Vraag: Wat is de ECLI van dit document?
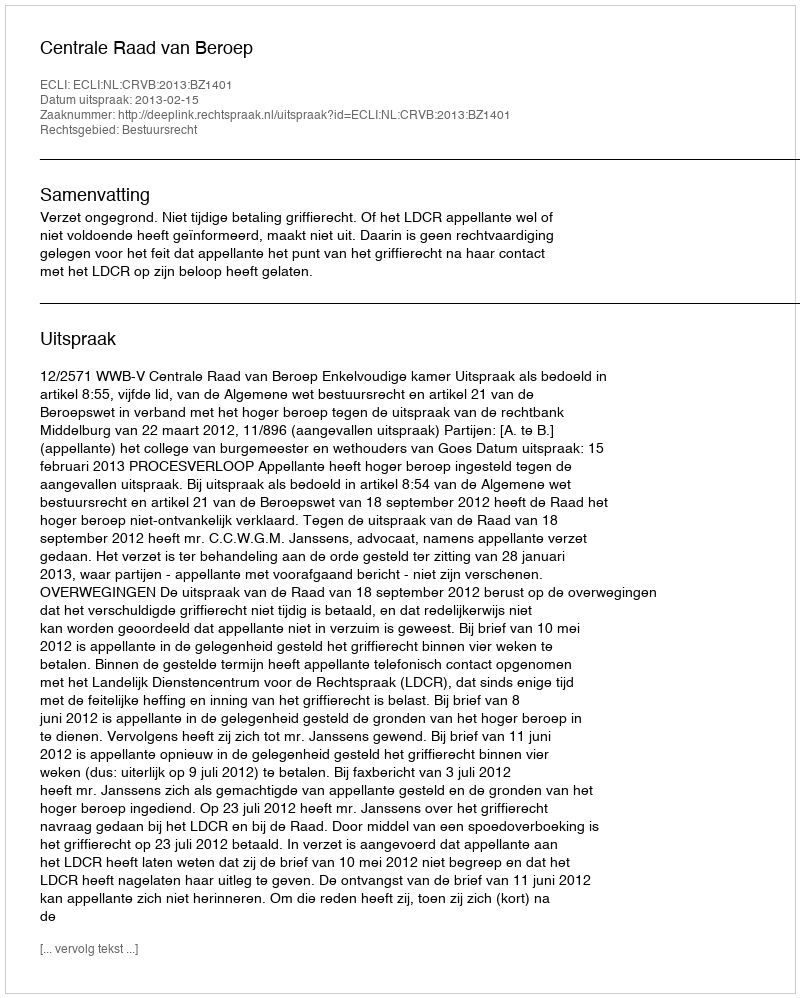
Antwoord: ECLI:NL:CRVB:2013:BZ1401